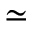
\simeq